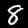
Digit: 8